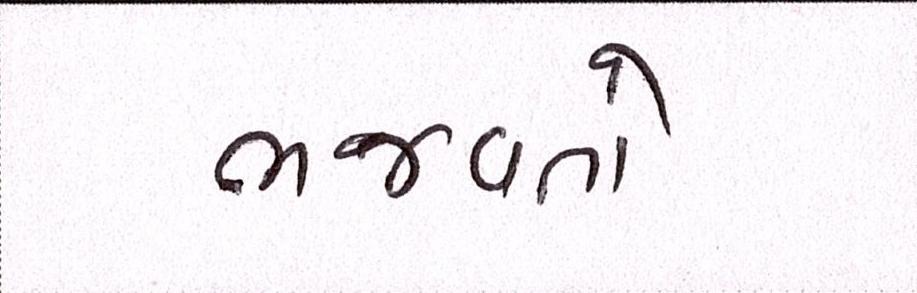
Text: ભજવતો